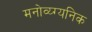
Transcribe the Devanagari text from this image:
मनोव्य्ग्यनिक